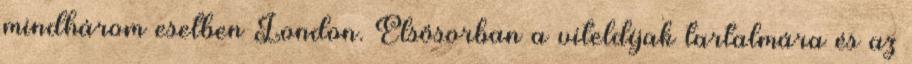
mindhárom esetben London. Elsősorban a viteldíjak tartalmára és az